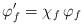
LaTeX: \begin{align*}\varphi_f' = \chi_f \, \varphi_f\end{align*}